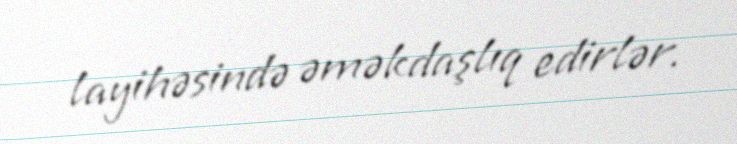
layihəsində əməkdaşlıq edirlər.